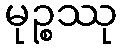
မုဉ္စဿု